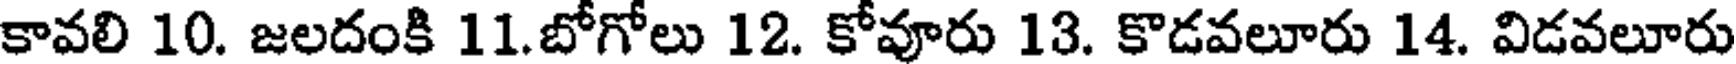
కావలి 10. జలదంకి 11.బోగోలు 12. కోవూరు 13. కొడవలూరు 14. విడవలూరు